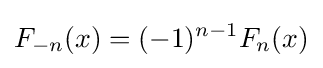
F_{-n}(x)=(-1)^{n-1}F_{n}(x)